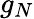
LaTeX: g_{N}